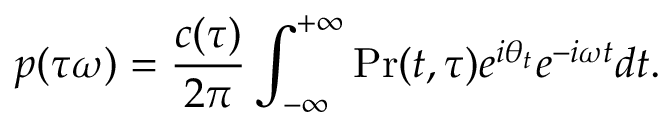
p ( \tau \omega ) = \frac { c ( \tau ) } { 2 \pi } \int _ { - \infty } ^ { + \infty } \mathrm { P r } ( t , \tau ) e ^ { i \theta _ { t } } e ^ { - i \omega t } d t .